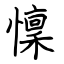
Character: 懍